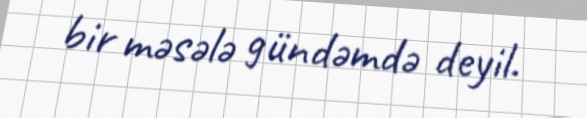
bir məsələ gündəmdə deyil.